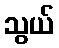
သွယ်